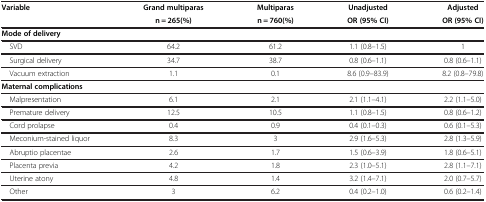
<table><thead><tr><td><b>Variable</b></td><td><b>Grand multiparas</b></td><td><b>Multiparas</b></td><td><b>Unadjusted</b></td><td><b>Adjusted</b></td></tr><tr><td><b> </b></td><td><b>n = 265(%)</b></td><td><b>n = 760(%)</b></td><td><b>OR (95% CI)</b></td><td><b>OR (95% CI)</b></td></tr></thead><tbody><tr><td><b>Mode of delivery</b></td><td> </td><td> </td><td> </td><td> </td></tr><tr><td> SVD</td><td>64.2</td><td>61.2</td><td>1.1 (0.8–1.5)</td><td>1</td></tr><tr><td> Surgical delivery</td><td>34.7</td><td>38.7</td><td>0.8 (0.6–1.1)</td><td>0.8 (0.6–1.1)</td></tr><tr><td> Vacuum extraction</td><td>1.1</td><td>0.1</td><td>8.6 (0.9–83.9)</td><td>8.2 (0.8–79.8)</td></tr><tr><td><b>Maternal complications</b></td><td> </td><td> </td><td> </td><td> </td></tr><tr><td> Malpresentation</td><td>6.1</td><td>2.1</td><td>2.1 (1.1–4.1)</td><td>2.2 (1.1–5.0)</td></tr><tr><td> Premature delivery</td><td>12.5</td><td>10.5</td><td>1.1 (0.8–1.5)</td><td>0.8 (0.6–1.2)</td></tr><tr><td> Cord prolapse</td><td>0.4</td><td>0.9</td><td>0.4 (0.1–0.3)</td><td>0.6 (0.1–5.3)</td></tr><tr><td> Meconium-stained liquor</td><td>8.3</td><td>3</td><td>2.9 (1.6–5.3)</td><td>2.8 (1.3–5.9)</td></tr><tr><td> Abruptio placentae</td><td>2.6</td><td>1.7</td><td>1.5 (0.6–3.9)</td><td>1.8 (0.6–5.1)</td></tr><tr><td> Placenta previa</td><td>4.2</td><td>1.8</td><td>2.3 (1.0–5.1)</td><td>2.8 (1.1–7.1)</td></tr><tr><td> Uterine atony</td><td>4.8</td><td>1.4</td><td>3.2 (1.4–7.1)</td><td>2.0 (0.7–5.7)</td></tr><tr><td> Other</td><td>3</td><td>6.2</td><td>0.4 (0.2–1.0)</td><td>0.6 (0.2–1.4)</td></tr></tbody></table>